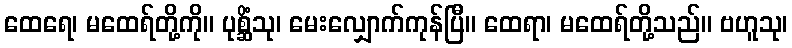
ထေရေ၊ မထေရ်တို့ကို။ ပုစ္ဆိံသု၊ မေးလျှောက်ကုန်ပြီ။ ထေရာ၊ မထေရ်တို့သည်။ ဗဟူသု၊